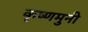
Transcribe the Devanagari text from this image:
कृष्णमुनी